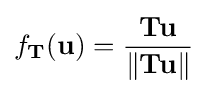
f_{\mathbf {T} }(\mathbf {u} )={\frac {\mathbf {Tu} }{\lVert \mathbf {Tu} \rVert }}